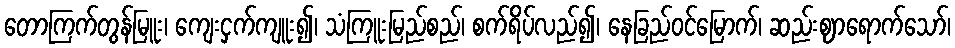
တောကြက်တွန်မြူး၊ ကျေးငှက်ကျူး၍၊ သံကြူးမြည်စည်၊ စက်ရိပ်လည်၍၊ နေခြည်ဝင်မြောက်၊ ဆည်းဈာရောက်သော်၊